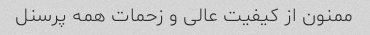
ممنون از کیفیت عالی و زحمات همه پرسنل